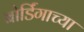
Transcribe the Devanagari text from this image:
बोर्डिंगाच्या